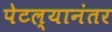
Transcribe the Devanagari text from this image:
पेटल्यानंतर